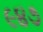
૯૪૭